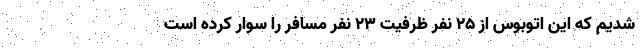
شدیم که این اتوبوس از ۲۵ نفر ظرفیت ۲۳ نفر مسافر را سوار کرده‌ است